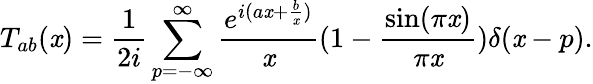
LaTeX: T_{ab}(\mathit{x})={\frac{{1}}{{2i}}}\sum_{p=-\infty}^{\infty}{\frac{{e^{i(a\mathit{x}+{\frac{{b}}{{\mathit{x}}}})}}}{{\mathit{x}}}}(1-{\frac{{\sin(\pi\mathit{x})}}{{\pi\mathit{x}}}})\delta(\mathit{x}-p).